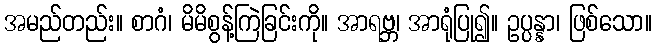
အမည်တည်း။ စာဂံ၊ မိမိစွန့်ကြဲခြင်းကို။ အာရဗ္ဘ၊ အာရုံပြု၍။ ဥပ္ပန္နာ၊ ဖြစ်သော။